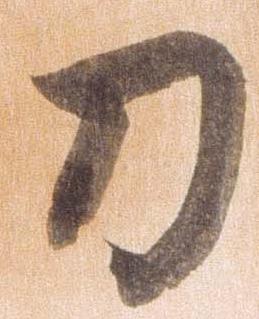
刀